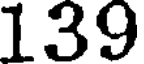
139